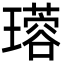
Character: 𤪜